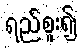
ရည်စူး၍